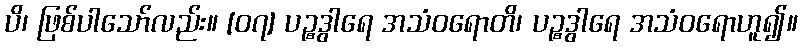
ပိ၊ ဖြစ်ပါသော်လည်း။ [၀၇] ပဉ္စဒွါရေ အသံဝရောတိ၊ ပဉ္စဒွါရေ အသံဝရောဟူ၍။